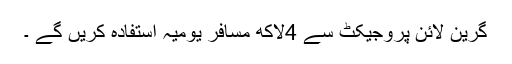
گرین لائن پروجیکٹ سے 4لاکھ مسافر یومیہ استفادہ کریں گے ۔